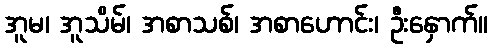
အူမ၊ အူသိမ်၊ အစာသစ်၊ အစာဟောင်း၊ ဦးနှောက်။